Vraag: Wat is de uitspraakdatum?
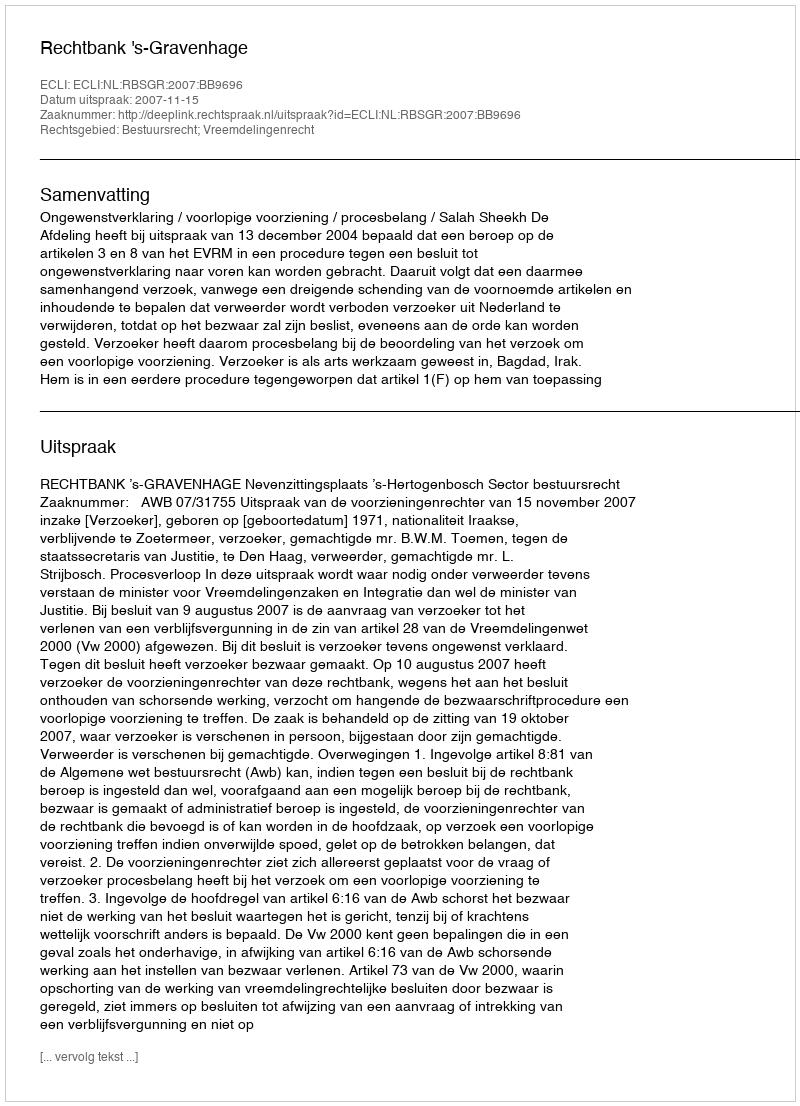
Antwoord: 2007-11-15